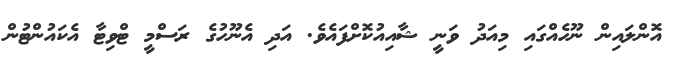
އޮންލައިން ނޫހެއްގައި މިއަދު ވަނީ ޝާއިއުކޮށްފައެވެ. އަދި އެނޫހުގެ ރަސްމީ ޓްވިޓާ އެކައުންޓުން